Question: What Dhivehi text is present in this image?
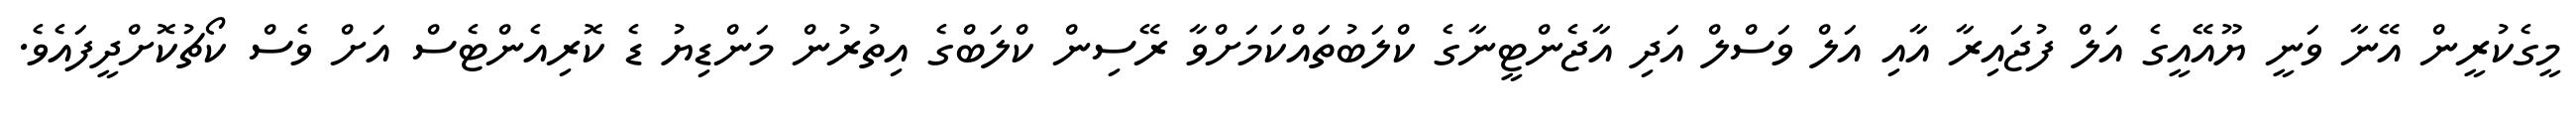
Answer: މީގެކުރީން އޭނާ ވަނީ ޔޫއޭއީގެ އަލް ފުޖައިރާ އާއި އަލް ވަސްލް އަދި އާޖެންޓީނާގެ ކްލަބުތައްކަމަށްވާ ރޭސިން ކްލަބްގެ އިތުރުން މަންޑިޔު ޑެ ކޮރިއެންޓެސް އަށް ވެސް ކޯޗުކޮށްދީފައެވެ.